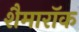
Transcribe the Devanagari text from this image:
शैमारॉक